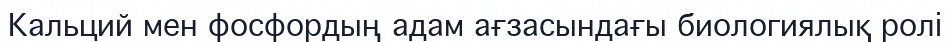
Кальций мен фосфордың адам ағзасындағы биологиялық ролi